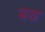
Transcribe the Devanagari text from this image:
बठ